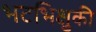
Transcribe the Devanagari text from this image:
भटभिक्षुकी